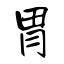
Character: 胃